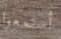
أستمعوا